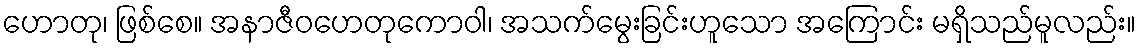
ဟောတု၊ ဖြစ်စေ။ အနာဇီဝဟေတုကောဝါ၊ အသက်မွေးခြင်းဟူသော အကြောင်း မရှိသည်မူလည်း။